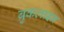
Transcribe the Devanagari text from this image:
ब्रुकलाइन